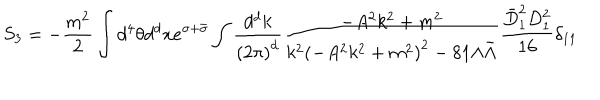
LaTeX: S _ { 3 } = - \frac { m ^ { 2 } } { 2 } \int d ^ { 4 } \theta d ^ { d } x e ^ { \sigma + \bar { \sigma } } \int \frac { d ^ { d } k } { { ( 2 \pi ) } ^ { d } } \frac { - A ^ { 2 } k ^ { 2 } + m ^ { 2 } } { k ^ { 2 } { ( - A ^ { 2 } k ^ { 2 } + m ^ { 2 } ) } ^ { 2 } - 8 1 \Lambda \bar { \Lambda } } \frac { \bar { D } _ { 1 } ^ { 2 } D _ { 1 } ^ { 2 } } { 1 6 } \delta _ { 1 1 }